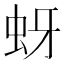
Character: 蚜